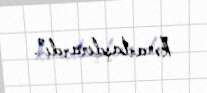
kənarlaşdırardı”.